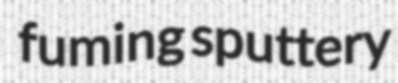
fuming sputtery